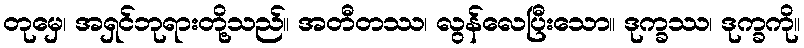
တုမှေ၊ အရှင်ဘုရားတို့သည်။ အတီတဿ၊ လွန်လေပြီးသော။ ဒုက္ခဿ၊ ဒုက္ခကို။